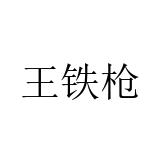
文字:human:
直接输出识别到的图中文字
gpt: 王铁枪